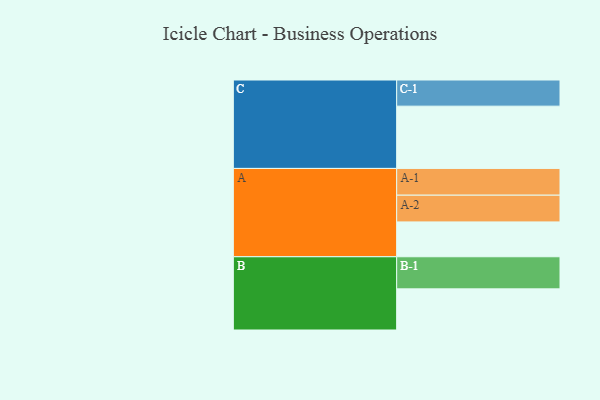
{"axis": {"x": "Segment", "y": "Value"}, "legend": ["", "A", "B", "C"], "data": [{"x": "A", "y": 305, "type": ""}, {"x": "B", "y": 360, "type": ""}, {"x": "C", "y": 545, "type": ""}, {"x": "A-1", "y": 234, "type": "A"}, {"x": "A-2", "y": 234, "type": "A"}, {"x": "B-1", "y": 281, "type": "B"}, {"x": "C-1", "y": 229, "type": "C"}]}